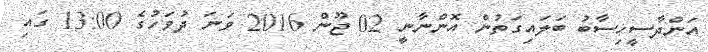
އަންދާސީހިސާބު ބަލައިގަތުން އޮންނާނީ 02 ޖޫން 2016 ވަނަ ދުވަހުގެ 13:00 ގައި